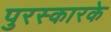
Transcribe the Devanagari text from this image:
पुरस्कारके